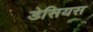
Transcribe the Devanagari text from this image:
डेसियस